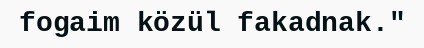
fogaim közül fakadnak."